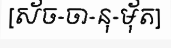
[ស័ច-ចា-នុ-ម៉័ត]